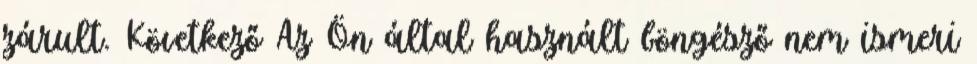
zárult. Következő Az Ön által használt böngésző nem ismeri